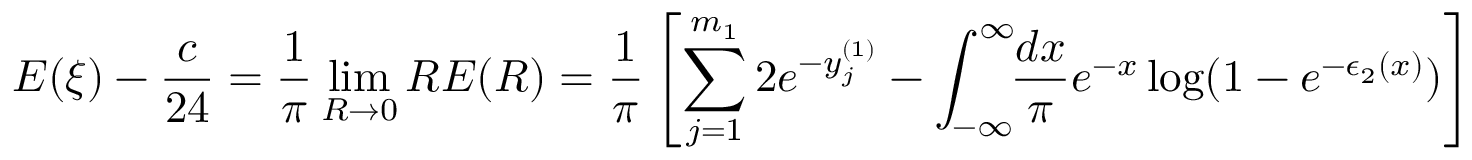
\displaystyle E ( \xi ) - \frac { c } { 2 4 } = \frac { 1 } { \pi } \operatorname * { l i m } _ { R \rightarrow 0 } R E ( R ) = \displaystyle \frac { 1 } { \pi } \left[ \sum _ { j = 1 } ^ { m _ { 1 } } 2 e ^ { - y _ { j } ^ { ( 1 ) } } - \int _ { - \infty } ^ { \infty } \! \! \frac { d x } { \pi } e ^ { - x } \log ( 1 - e ^ { - \epsilon _ { 2 } ( x ) } ) \right]